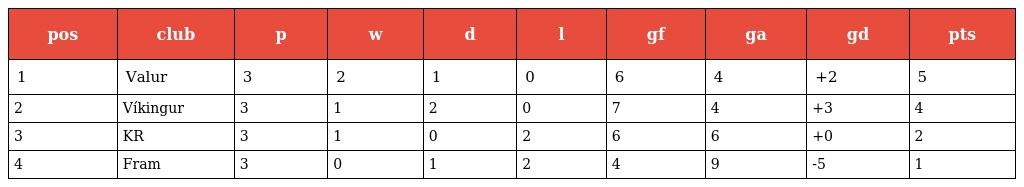
| pos | club | p | w | d | l | gf | ga | gd | pts |
 | --- | --- | --- | --- | --- | --- | --- | --- | --- | --- |
 | 1 | Valur | 3 | 2 | 1 | 0 | 6 | 4 | +2 | 5 |
 | 2 | Víkingur | 3 | 1 | 2 | 0 | 7 | 4 | +3 | 4 |
 | 3 | KR | 3 | 1 | 0 | 2 | 6 | 6 | +0 | 2 |
 | 4 | Fram | 3 | 0 | 1 | 2 | 4 | 9 | -5 | 1 |